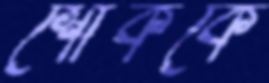
শোককে